Insane asylums Bombay 1873-77 - 1873-1877
Year: 1873
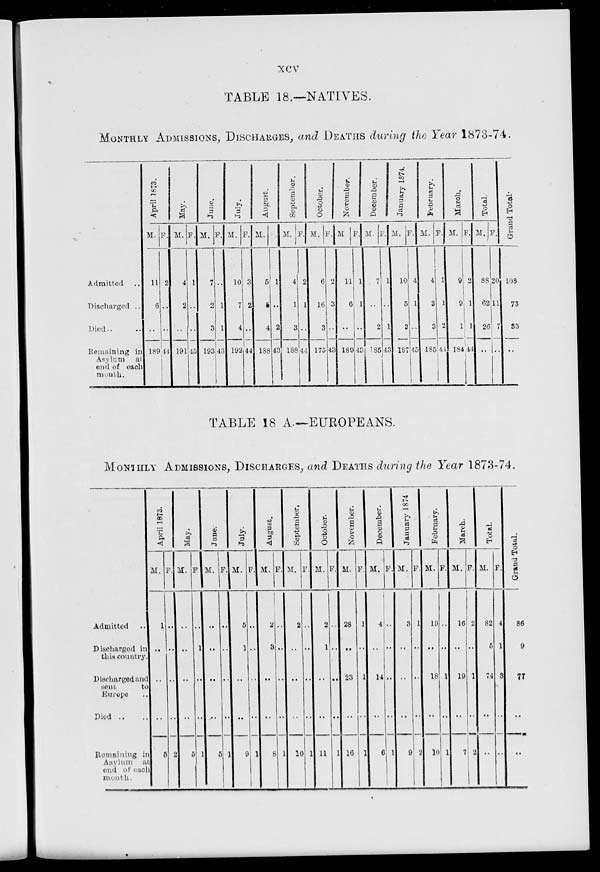
xcv
TABLE 18.—NATIVES.
MONTHLY ADMISSIONS, DISCHARGES, and DEATHS during the Year 1873-74.
Admitted ..
Discharged ..
Died .. ..
Remaining in
Asylum at
end of each
month.
April 1873.
M.
11
6
..
189
F.
2
..
..
44
May.
M.
4
2
..
191
F.
1
..
..
45
June.
M.
7
2
3
193
F.
..
1
1
43
July.
M.
10
7
4
192
F.
3
2
..
44
August.
M.
5
5
4
188
F.
1
..
2
43
September.
M.
4
1
3
188
F.
2
1
..
44
October.
M.
6
16
3
175
F.
2
3
..
43
November.
M
11
6
..
180
F.
1
1
..
43
December.
M.
7
..
2
185
F.
1
..
1
43
January 1874.
M.
10
5
3
187
F.
4
1
..
45
February.
M.
4
3
3
185
F.
1
1
2
44
March.
M.
9
9
1
184
F.
2
1
1
44
Total.
M.
88
62
26
..
F.
20
11
7
..
Grand Total.
108
73
33
..
TABLE 18 A.—EUROPEANS.
MONTHLY ADMISSIONS, DISCHARGES, and DEATHS during the Year 1873-74.
Admitted ..
Discharged in
this country.
Discharged and
sent
to
Europe ..
Died .. ..
Remaining in
Asylum at
end of each
month.
April 1873.
M.
1
..
..
..
5
F.
..
..
..
..
2
May.
M.
..
..
..
..
5
F.
..
1
..
..
1
June.
M.
..
..
..
..
5
F.
..
..
..
..
1
July.
M.
5
1
..
..
9
F.
..
..
..
..
1
August.
M.
2
3
..
..
8
F.
..
..
..
..
1
September.
M.
2
..
..
..
10
F.
..
..
..
..
1
October.
M.
2
1
..
..
11
F.
..
..
..
..
1
November.
M.
28
..
23
..
16
F.
1
..
1
..
1
December.
M.
4
..
14
..
6
F.
..
..
..
..
1
January 1874.
M.
3
..
..
..
9
F.
1
..
..
..
2
February.
M.
19
..
18
..
10
F.
..
..
1
..
1
March.
M.
16
..
19
..
7
F.
2
..
1
..
2
Total.
M.
82
5
74
..
..
F.
4
1
3
..
..
Grand Total.
86
9
77
..
..